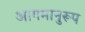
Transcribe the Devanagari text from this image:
आगमानुरूप